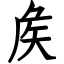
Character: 矦